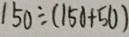
1 5 0 \div ( 1 5 0 + 5 0 )